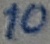
Text: 10